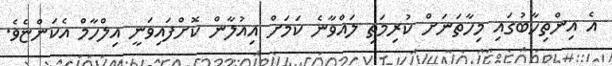
އެ އިންތިހާބުގައި މިހާތަނަށް ކުރިމަތި ލައްވާނެ ކަމަށް އިއުލާން ކޮށްފައިވަނީ އިލްހާމް އެކަންޏެވެ.